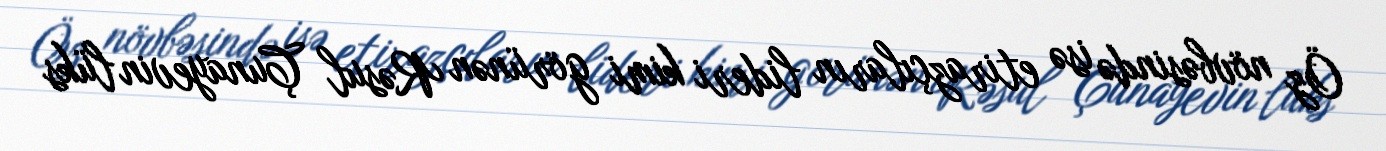
Öz növbəsində isə etirazçıların lideri kimi görünən Rəsul Çunayevin lüks